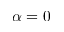
\alpha = 0